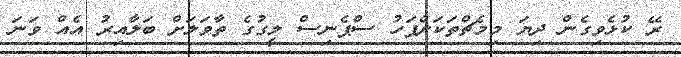
ރޭ ކުޅެވިގެން ދިޔަ މިމެޗްތަކަށްފަހު ސްޕެނިސް ލީގުގެ ތާވަލަށް ބަލާއިރު އެއް ވަނަ